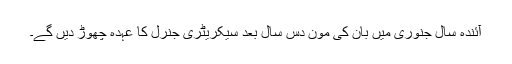
آئندہ سال جنوری میں بان کی مون دس سال بعد سیکریٹری جنرل کا عہدہ چھوڑ دیں گے۔